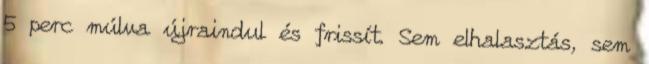
5 perc múlva újraindul és frissít. Sem elhalasztás, sem